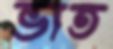
ভাত